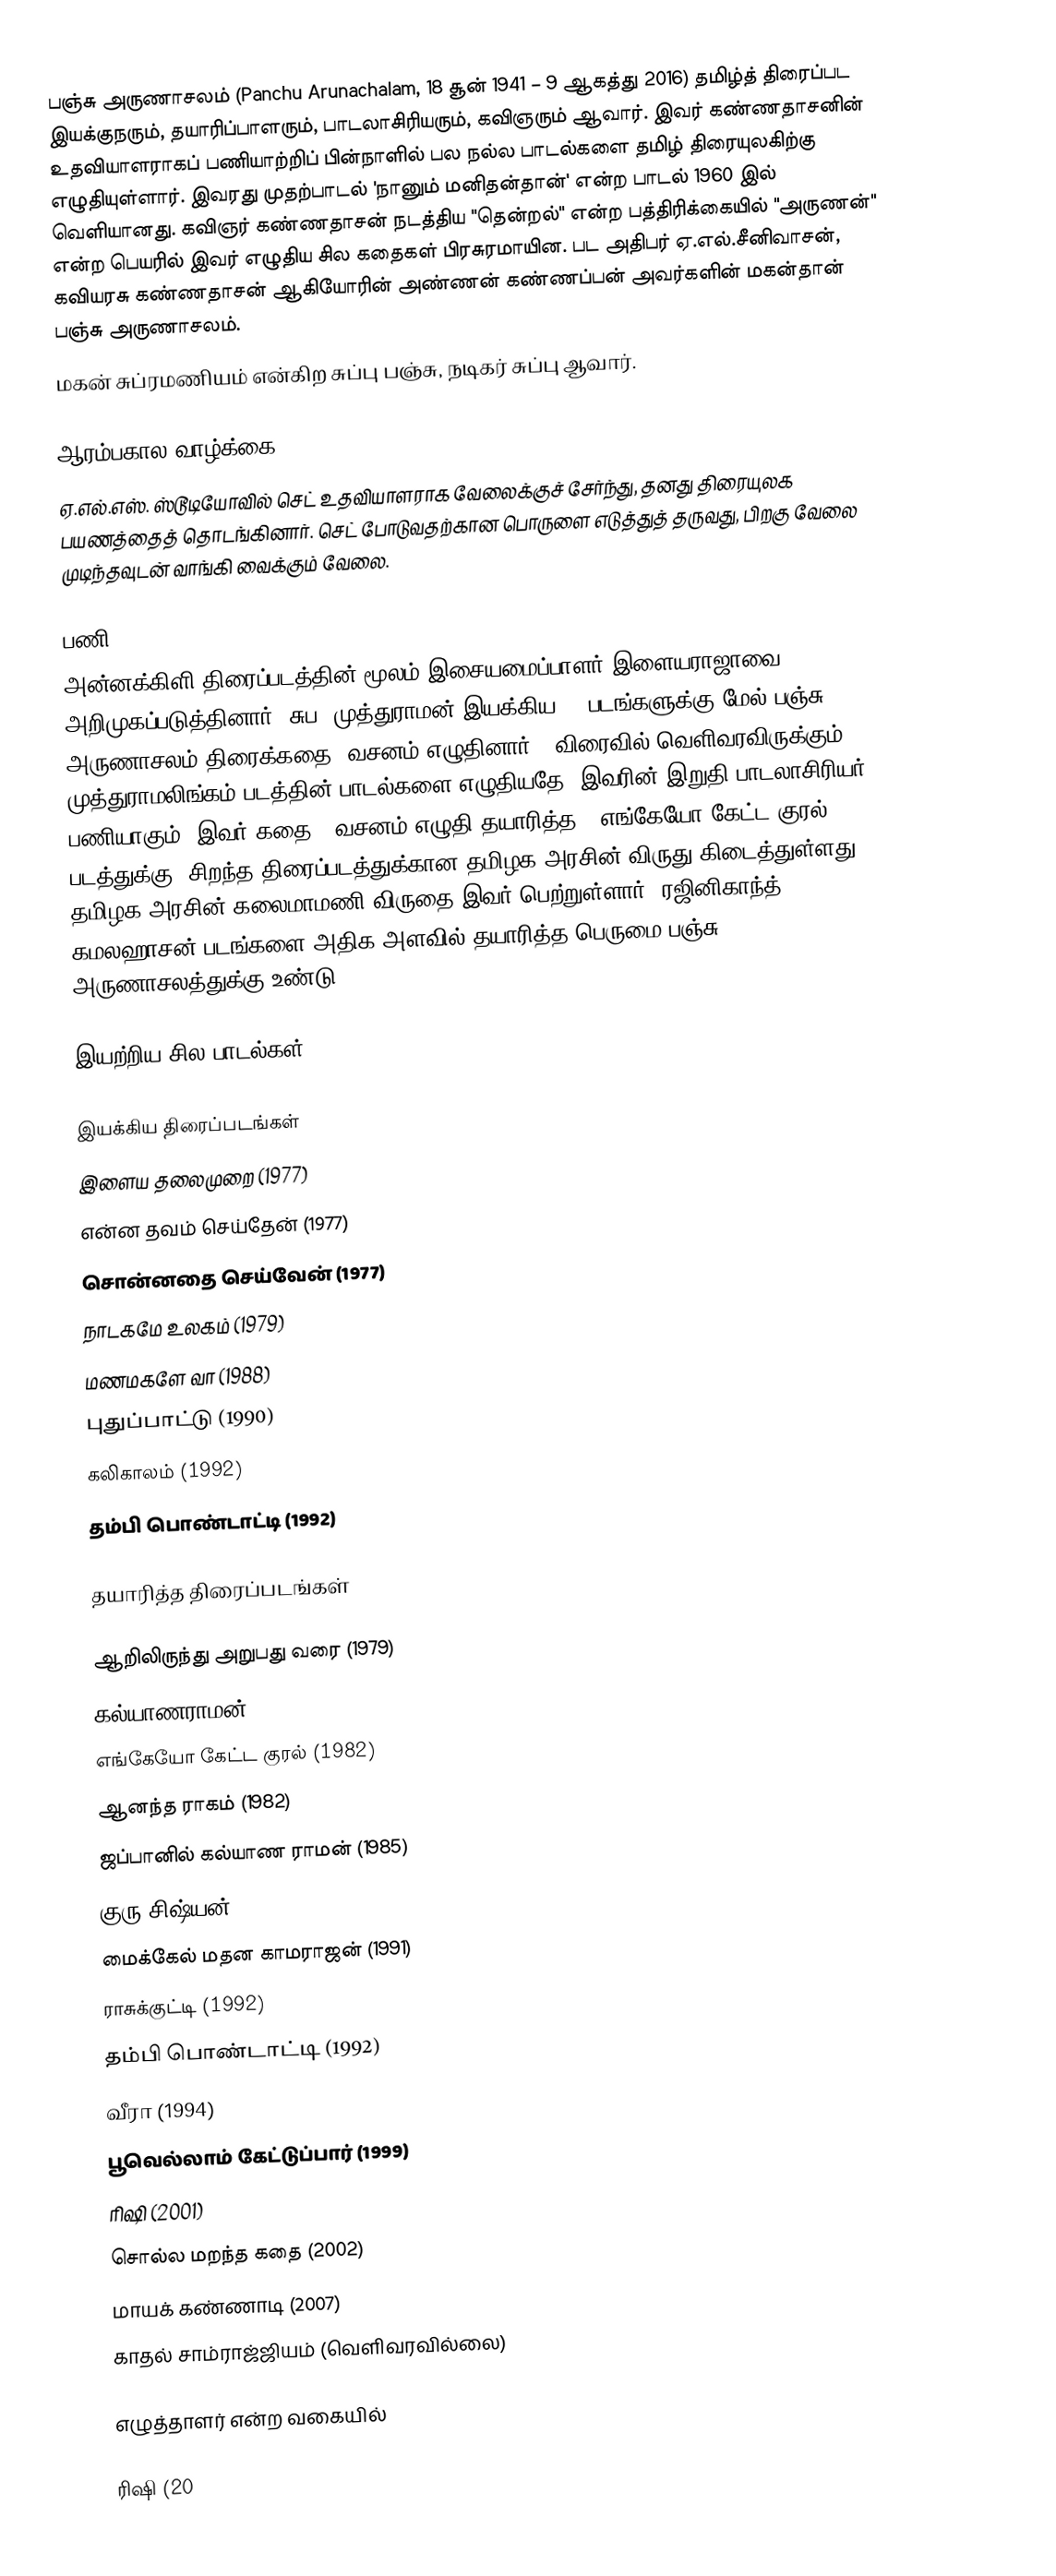
பஞ்சு அருணாசலம் (Panchu Arunachalam, 18 சூன் 1941 – 9 ஆகத்து 2016) தமிழ்த் திரைப்பட இயக்குநரும், தயாரிப்பாளரும், பாடலாசிரியரும், கவிஞரும் ஆவார். இவர் கண்ணதாசனின் உதவியாளராகப் பணியாற்றிப் பின்நாளில் பல நல்ல பாடல்களை தமிழ் திரையுலகிற்கு எழுதியுள்ளார். இவரது முதற்பாடல் 'நானும் மனிதன்தான்' என்ற பாடல் 1960 இல் வெளியானது. கவிஞர் கண்ணதாசன் நடத்திய "தென்றல்" என்ற பத்திரிக்கையில் "அருணன்" என்ற பெயரில் இவர் எழுதிய சில கதைகள் பிரசுரமாயின. பட அதிபர் ஏ.எல்.சீனிவாசன், கவியரசு கண்ணதாசன் ஆகியோரின் அண்ணன் கண்ணப்பன் அவர்களின் மகன்தான் பஞ்சு அருணாசலம்.
 மகன் சுப்ரமணியம் என்கிற சுப்பு பஞ்சு, நடிகர் சுப்பு ஆவார்.

ஆரம்பகால வாழ்க்கை
ஏ.எல்.எஸ். ஸ்டூடியோவில் செட் உதவியாளராக வேலைக்குச் சேர்ந்து, தனது திரையுலக பயணத்தைத் தொடங்கினார். செட் போடுவதற்கான பொருளை எடுத்துத் தருவது, பிறகு வேலை முடிந்தவுடன் வாங்கி வைக்கும் வேலை.

பணி
அன்னக்கிளி திரைப்படத்தின் மூலம் இசையமைப்பாளர் இளையராஜாவை அறிமுகப்படுத்தினார். சுப. முத்துராமன் இயக்கிய 15 படங்களுக்கு மேல் பஞ்சு அருணாசலம் திரைக்கதை, வசனம் எழுதினார்.. விரைவில் வெளிவரவிருக்கும் முத்துராமலிங்கம் படத்தின் பாடல்களை எழுதியதே, இவரின் இறுதி பாடலாசிரியர் பணியாகும். இவர் கதை - வசனம் எழுதி தயாரித்த, ‘எங்கேயோ கேட்ட குரல்’ படத்துக்கு, சிறந்த திரைப்படத்துக்கான தமிழக அரசின் விருது கிடைத்துள்ளது. தமிழக அரசின் கலைமாமணி விருதை இவர் பெற்றுள்ளார். ரஜினிகாந்த், கமலஹாசன் படங்களை அதிக அளவில் தயாரித்த பெருமை பஞ்சு அருணாசலத்துக்கு உண்டு

இயற்றிய சில பாடல்கள்

இயக்கிய திரைப்படங்கள்
 இளைய தலைமுறை (1977)
 என்ன தவம் செய்தேன் (1977)
 சொன்னதை செய்வேன் (1977)
 நாடகமே உலகம் (1979)
 மணமகளே வா (1988)
 புதுப்பாட்டு (1990)
 கலிகாலம் (1992)
 தம்பி பொண்டாட்டி (1992)

தயாரித்த திரைப்படங்கள்

 ஆறிலிருந்து அறுபது வரை (1979)
 கல்யாணராமன் (1979)
 எங்கேயோ கேட்ட குரல் (1982)
 ஆனந்த ராகம் (1982)
 ஜப்பானில் கல்யாண ராமன் (1985)
 குரு சிஷ்யன் (1988)
 மைக்கேல் மதன காமராஜன் (1991)
 ராசுக்குட்டி (1992)
 தம்பி பொண்டாட்டி (1992)
 வீரா (1994)
 பூவெல்லாம் கேட்டுப்பார் (1999)
 ரிஷி (2001)
 சொல்ல மறந்த கதை (2002)
 மாயக் கண்ணாடி (2007)
 காதல் சாம்ராஜ்ஜியம் (வெளிவரவில்லை)

எழுத்தாளர் என்ற வகையில்

 ரிஷி (20